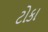
ટોકા